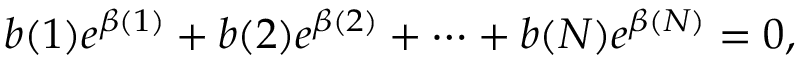
b ( 1 ) e ^ { \beta ( 1 ) } + b ( 2 ) e ^ { \beta ( 2 ) } + \cdots + b ( N ) e ^ { \beta ( N ) } = 0 ,